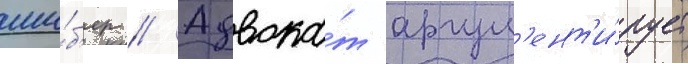
ши́б'ер // Адвока́т аргум'ент'и́рует